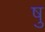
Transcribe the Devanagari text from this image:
षु